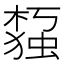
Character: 𰘙